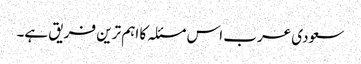
سعودی عرب اس مسئلہ کا اہم ترین فریق ہے۔